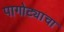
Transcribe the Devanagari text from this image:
पागोट्याचा